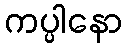
ကပ္ပါနော